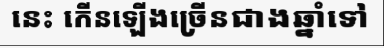
នេះ កើនឡើងច្រើនជាងឆ្នាំទៅ